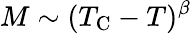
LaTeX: M\sim(T_{\mathrm{C}}-T)^{\beta}